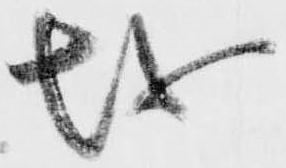
越